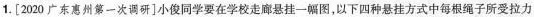
1.[2020广东惠州第一次调研]小俊同学要在学校走廊悬挂一幅图，以下四种悬挂方式中每根绳子所受拉力